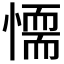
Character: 𢡼